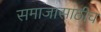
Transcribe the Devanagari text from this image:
समाजासाठीच